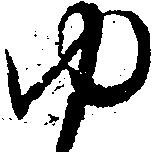
ゆ